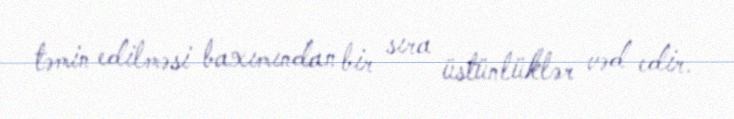
təmin edilməsi baxımından bir sıra üstünlüklər vəd edir.